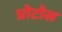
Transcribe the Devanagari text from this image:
प्रोटोस